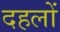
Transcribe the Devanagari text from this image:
दहलों